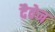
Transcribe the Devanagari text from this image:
दैवेन